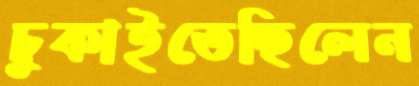
চুকাইতেছিলেন